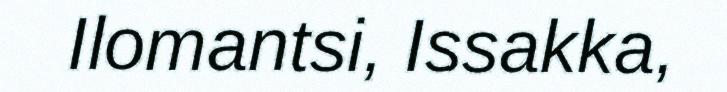
Ilomantsi, Issakka,